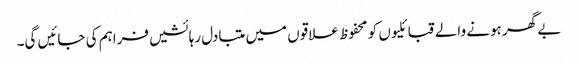
بے گھر ہونے والے قبائلیوں کو محفوظ علاقوں میں متبادل رہائشیں فراہم کی جائیں گی۔